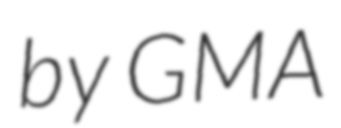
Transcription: by GMA